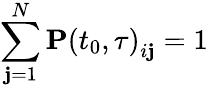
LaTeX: \sum_{\mathbf{j}=1}^{N}\mathbf{{P}}\left(t_{0},\tau\right)_{i\mathbf{j}}=1